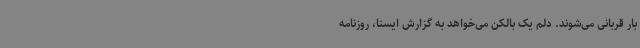
بار قربانی می‌شوند. دلم یک بالکن می‌خواهد به گزارش ایسنا، روزنامه